Report of the Hyderabad Chloroform Commission
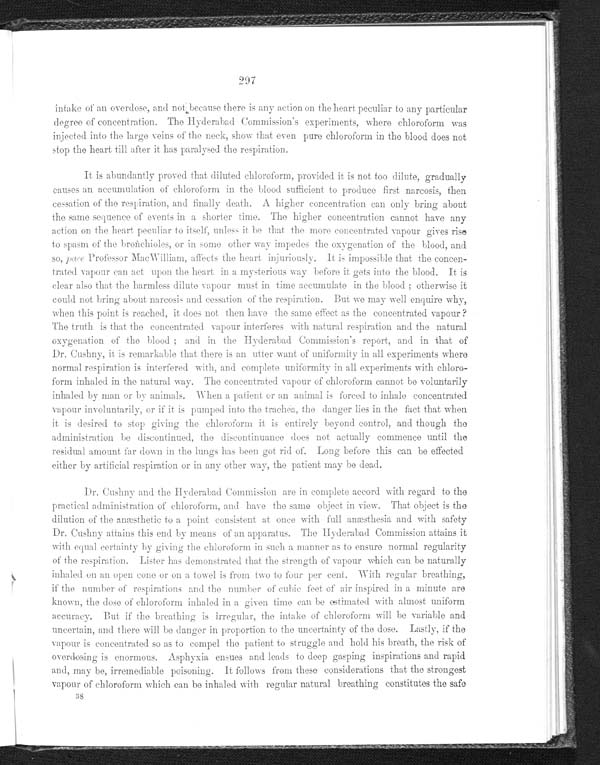
297
intake of an overdose, and not because there is any action on the heart peculiar to any particular
degree of concentration. The Hyderabad Commission's experiments, where chloroform was
injected into the large veins of the neck, show that even pure chloroform in the blood does not
stop the heart till after it has paralysed the respiration.
It is abundantly proved that diluted chloroform, provided it is not too dilute, gradually
causes an accumulation of chloroform in the blood sufficient to produce first narcosis, then
cessation of the respiration, and finally death. A higher concentration can only bring about
the same sequence of events in a shorter time. The higher concentration cannot have any
action on the heart peculiar to itself, unless it be that the more concentrated vapour gives rise
to spasm of the bronchioles, or in some other way impedes the oxygenation of the blood, and
so, pace Professor MacWilliam, affects the heart injuriously, it is impossible that the concen--
trated vapour can act upon the heart in a mysterious way before it gets into the blood. It is
clear also that the harmless dilute vapour must in time accumulate in the blood; otherwise it
could not bring about narcosis and cessation of the respiration But we may well enquire why,
when this point is reached, it does not then have the same effect as the concentrated vapour?
The truth is that the concentrated vapour interferes with natural respiration and the natural
oxygenation of the blood; and in the Hyderabad Commission's report, and in that of
Dr. Cushny, it is remarkable that there is an utter want of uniformity in all experiments where
normal respiration is interfered with, and complete uniformity in all experiments with chloro--
form inhaled in the natural way. The concentrated vapour of chloroform cannot be voluntarily
inhaled by man or by animals. When a patient or an animal is forced to inhale concentrated
vapour involuntarily, or if it is pumped into the trachea, the danger lies in the fact that when
it is desired to stop giving the chloroform it is entirely beyond control, and though the
administration be discontinued, the discontinuance does not actually commence until the
residual amount far down in the lungs has been got rid of. Long before this can be effected
either by artificial respiration or in any other way, the patient may be dead.
Dr. Cushy and the Hyderabad Commission are in complete accord with regard to the
practical administration of chloroform, and have them same object in view. That object is the
dilution of the anæsthetic to a point consistent at once with full anæsthesia and with safety
Dr. Cushny attains this end by means of an apparatus. The Hyderabad Commission attains it
with equal certainty by giving the chloroform in such a manner as to ensure normal regularity
of the respiration. Lister has demonstrated that the strength of vapour which can be naturally
inhaled on an open cone or on a towel is from two to four per cent. With regular breathing,
if the number of respirations and the number of cubic feet of air inspired in a minute are
known, the dose of chloroform inhaled in a given time can be estimated with almost uniform
a c c u r a c y . B u t i f t h e b r e a t h i n g i s i r r e g u l a r , t h e i n t a k e o f c h l o r o f o r m w i l l b e v a r i a b l e a n d
uncertain, and there will be danger in proportion to the uncertainty of the dose. Lastly, if the
vapour is concentrated so as to compel the patient to struggle and hold his breath, the risk of
overdosing is enormous. Asphyxia ensues and leads to deep gasping inspirations and rapid
and, may be, irremediable poisoning. It follows from these considerations that the strongest
vapour of chloroform which can be inhaled with regular natural breathing constitutes the safe
38